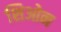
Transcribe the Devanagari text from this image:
शिओन